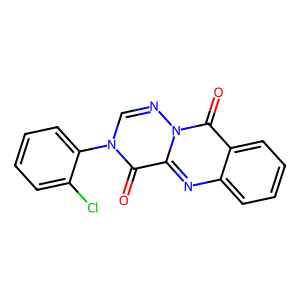
SMILES: O=c1c2nc3ccccc3c(=O)n2ncn1-c1ccccc1Cl
Inhibits HIV replication: No